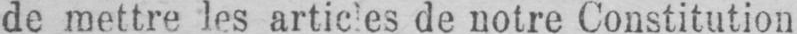
de mettre les articles de notre Constitution